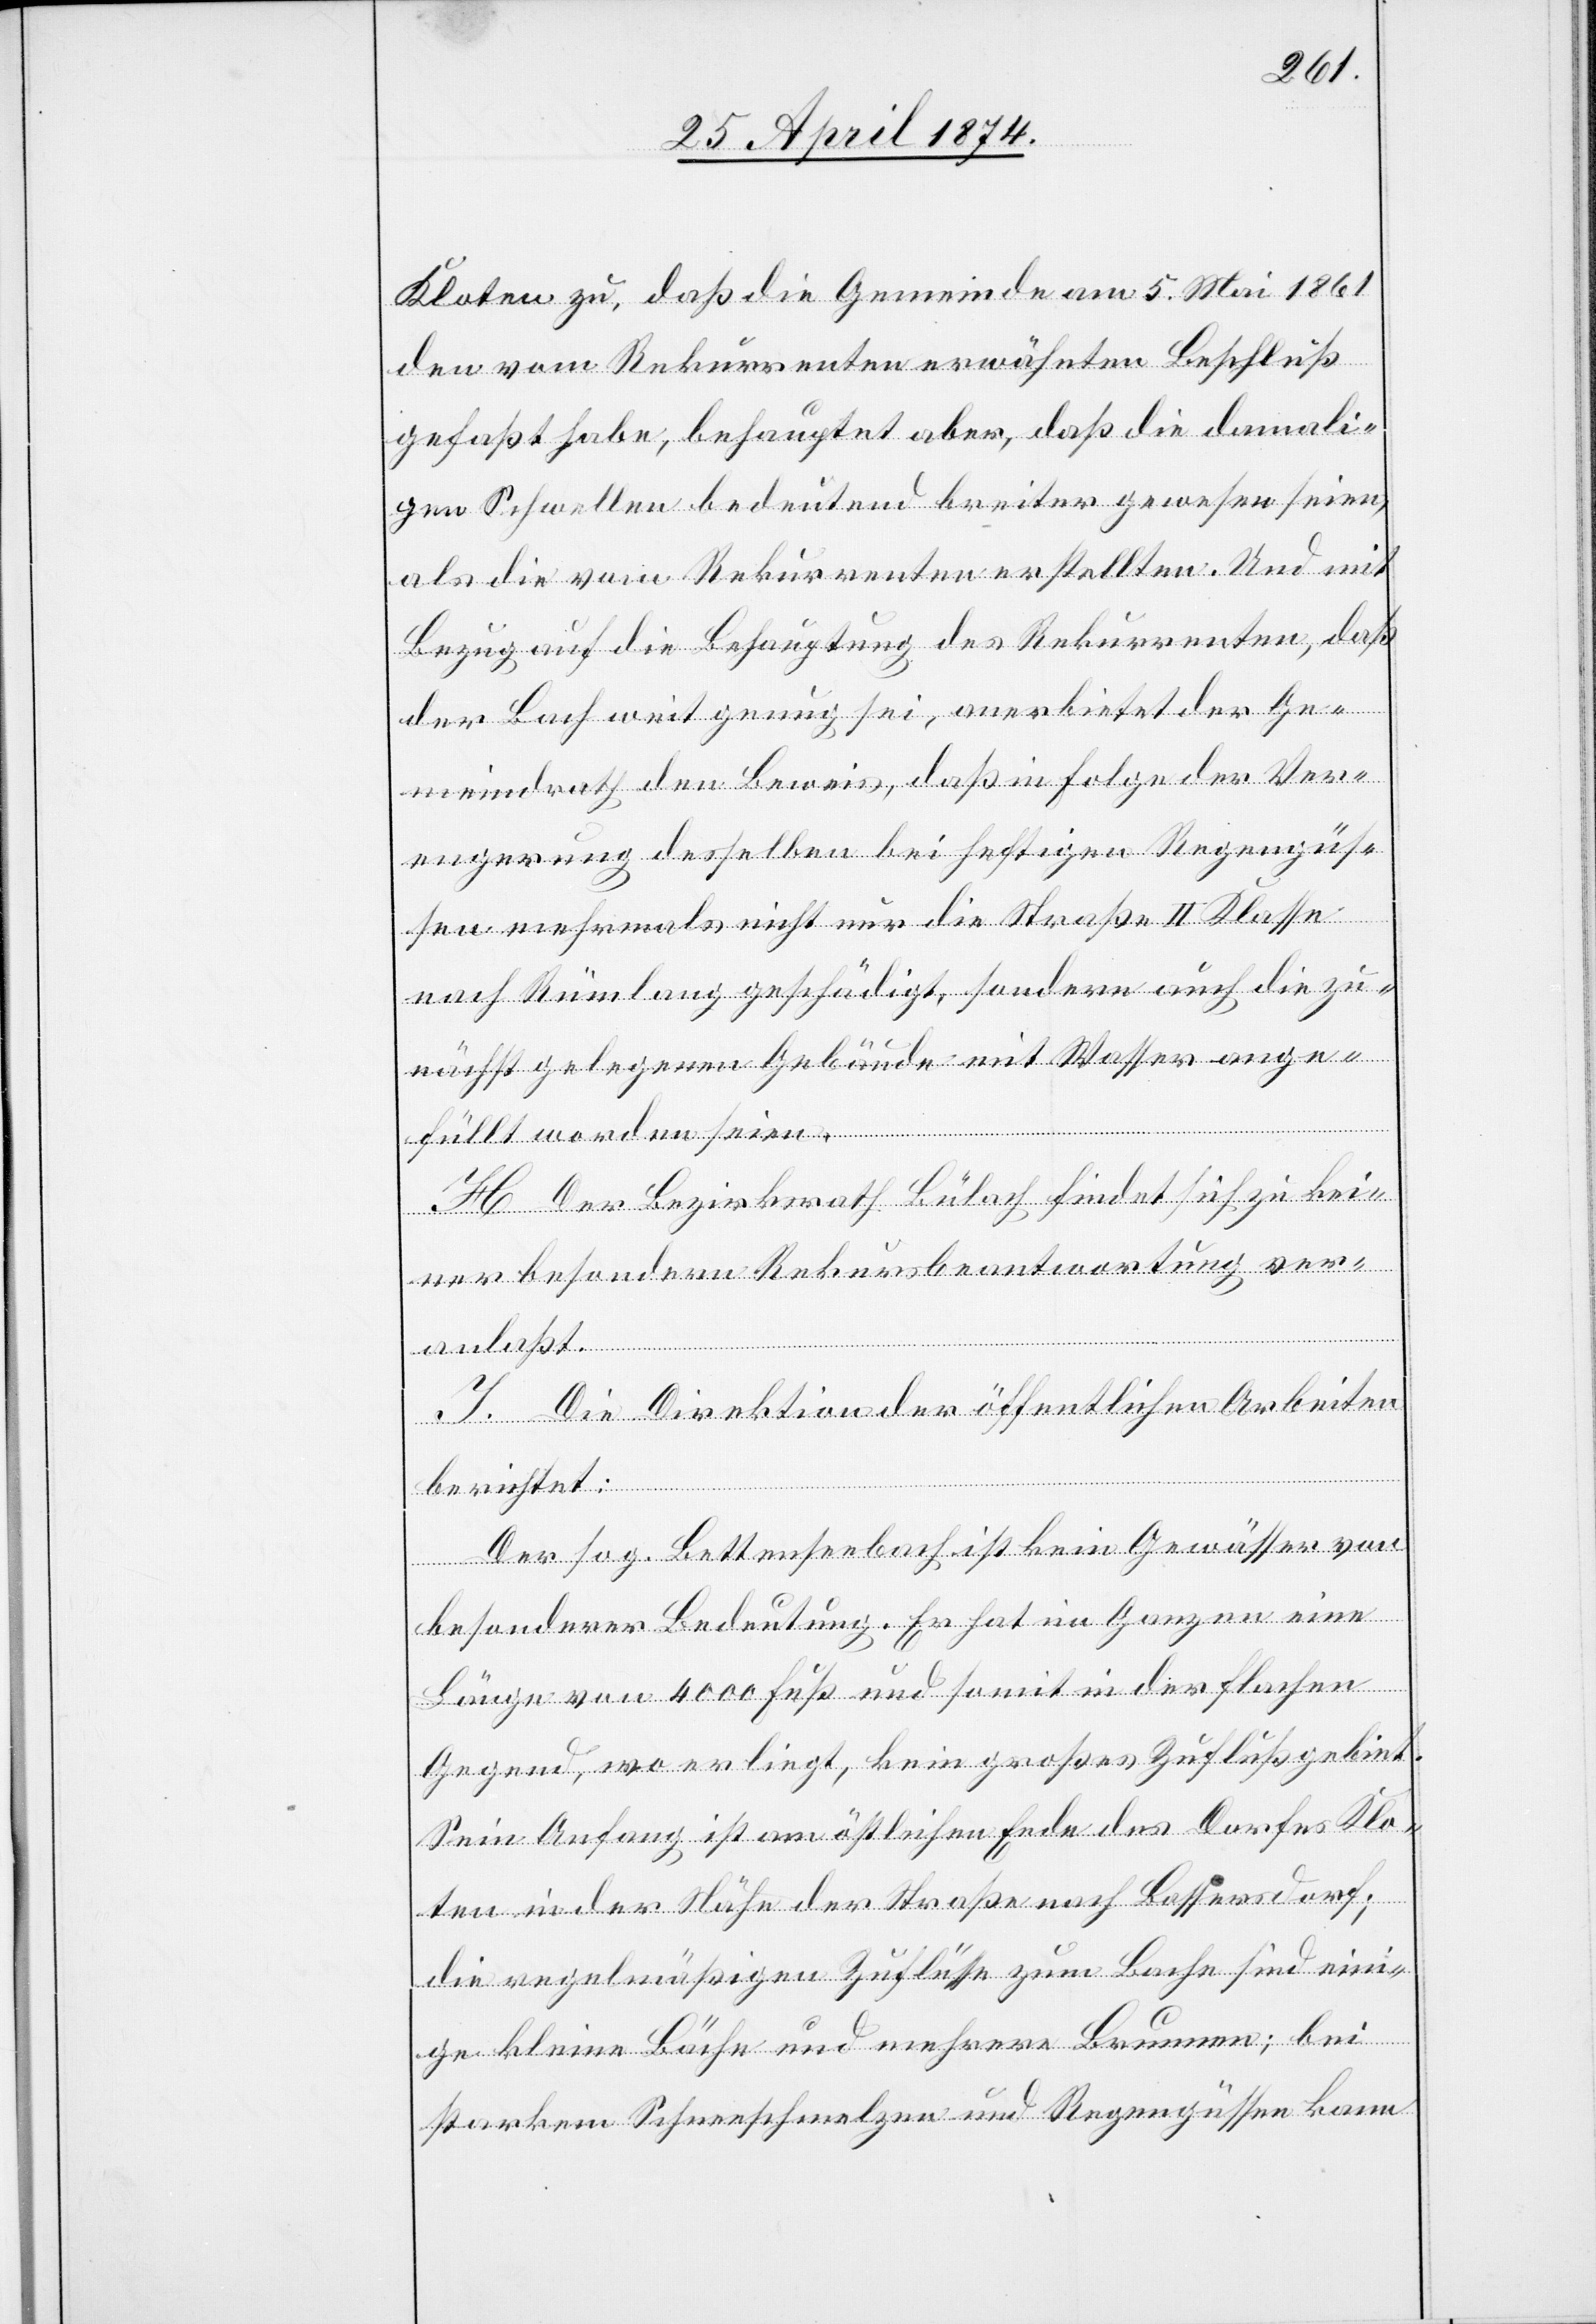
Kloten zu, daß die Gemeinde am 5. Mai 1861
den vom Rekurrenten erwähnten Beschluß
gefaßt habe, behauptet aber, daß die damali¬
gen Schwellen bedeutend breiter gewesen seien,
als die vom Rekurrenten erstellten. Und mit
Bezug auf die Behauptung des Rekurrenten, daß
der Bach weit genug sei, anerbietet der Ge¬
meindrath den Beweis, daß in Folge der Vere¬
ngerung desselben bei heftigen Regengüßen
mehrmals nicht nur die Straße II. Klasse
nach Rümlang geschädigt, sondern auch die zu¬
nächst gelegenen Gebäude mit Wasser ange¬
füllt worden seien.
H. Der Bezirksrath Bülach findet sich zu kein¬
er besondern Rekursbeantwortung ver¬
anlaßt.
J. Die Direktion der öffentlichen Arbeiten
berichtet:
Der sog. Bettenseebach ist kein Gewässer von
besonderer Bedeutung. Er hat im Ganzen eine
Länge von 4000 Fuß und somit in der flachen
Gegend, wo er liegt, kein großes Zuflußgebiet.
Sein Anfang ist am östlichen Ende des Dorfes Klo¬
ten in der Nähe der Straße nach Bassersdorf;
die regelmäßigen Zuflüsse zum Bache sind eini¬
ge kleine Bäche und mehrere Brunnen; bei
starkem Schneeschmelzen und Regengüssen kann